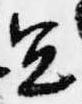
宜